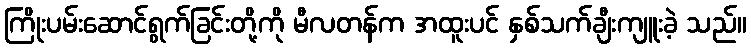
ကြိုးပမ်းဆောင်ရွက်ခြင်းတို့ကို မီလတန်က အထူးပင် နှစ်သက်ချီးကျူးခဲ့ သည်။